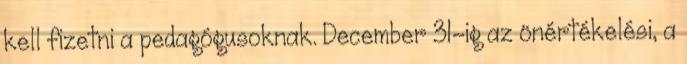
kell fizetni a pedagógusoknak. December 31-ig az önértékelési, a